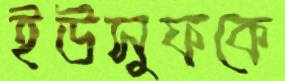
ইউসুফকে